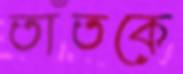
তাঁতকে